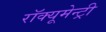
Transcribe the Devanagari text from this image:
रॉक्यूमेन्ट्री